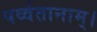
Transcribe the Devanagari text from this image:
पर्व्वतानाम्।